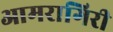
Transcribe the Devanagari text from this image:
आमरागिरी